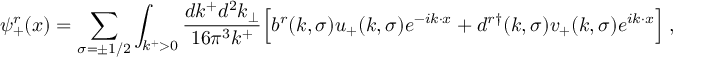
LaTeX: \psi _ { + } ^ { r } ( x ) = \sum _ { \sigma = \pm 1 / 2 } \int _ { k ^ { + } > 0 } { \frac { d k ^ { + } d ^ { 2 } k _ { \perp } } { 1 6 \pi ^ { 3 } k ^ { + } } } \Bigl [ b ^ { r } ( k , \sigma ) u _ { + } ( k , \sigma ) e ^ { - i k \cdot x } + d ^ { r \dagger } ( k , \sigma ) v _ { + } ( k , \sigma ) e ^ { i k \cdot x } \Bigr ] \; ,